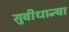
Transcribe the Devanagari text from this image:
सुवीधान्चा